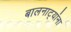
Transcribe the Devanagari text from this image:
बालनाट्यांना